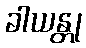
ခါယန္တု